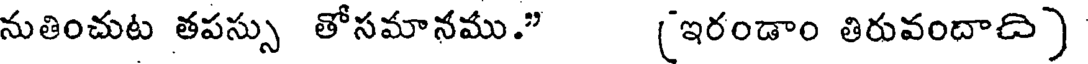
నుతించుట తపస్సు తోసమానము." (ఇరండాం తిరువందాది)